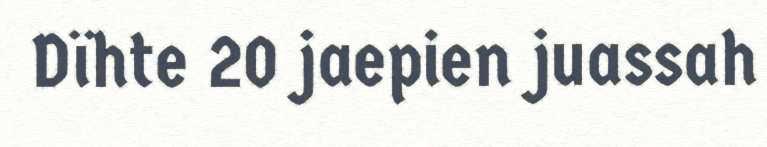
Dïhte 20 jaepien juassah